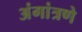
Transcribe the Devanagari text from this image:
अंगांत्रणे